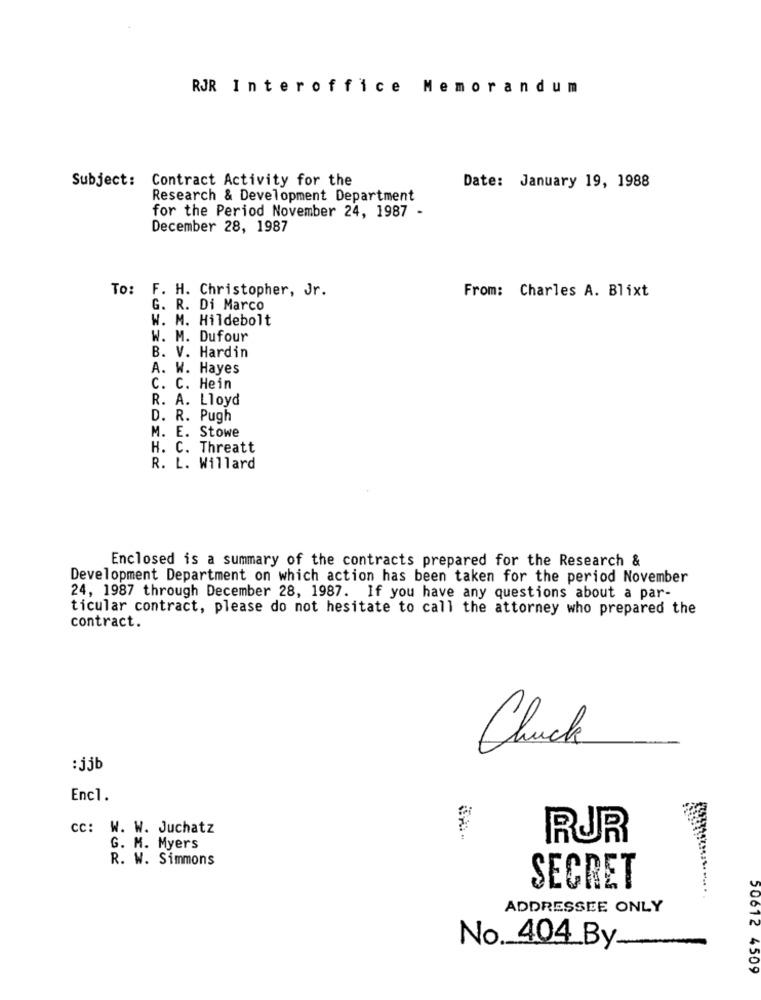
RJR Interoffice Memorandum
Subject: Contract Activity for the
Date: January 19, 1988
Research & Development Department
for the Period November 24, 1987 -
December 28, 1987
To: F. H. Christopher, Jr.
From: Charles A. Blixt
G. R. Di Marco
W. M. Hildebolt
W. M. Dufour
B. V. Hardin
A. W. Hayes
C. C. Hein
R. A. Lloyd
D. R. Pugh
M. E. Stowe
H. C. Threatt
R. L. Willard
Enclosed is a summary of the contracts prepared for the Research &
Development Department on which action has been taken for the period November
24, 1987 through December 28, 1987. If you have any questions about a par-
ticular contract, please do not hesitate to call the attorney who prepared the
contract.
Chuck
:jjb
Enc1.
cc: W. W. Juchatz
RUR
G. M. Myers
R. W. Simmons
SECRET
ADDRESSEE ONLY
No. 404 By
50612 4509